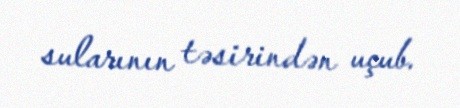
sularının təsirindən uçub.